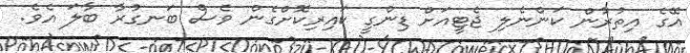
އޭގެ އިތުރުން ކަންނެލި ޖެޓީއަށް ޑިންގީ ކައިރިކޮށްގެން ވެސް ބަނގުރާ ބާލަ އެވެ.